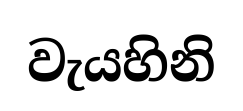
වැයහිනි